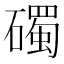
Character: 𥖠